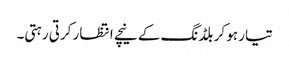
تیار ہو کر بلڈنگ کے نیچے انتظار کرتی رہتی۔